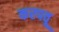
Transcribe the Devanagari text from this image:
करपवू